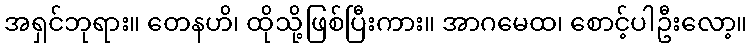
အရှင်ဘုရား။ တေနဟိ၊ ထိုသို့ဖြစ်ပြီးကား။ အာဂမေထ၊ စောင့်ပါဦးလော့။